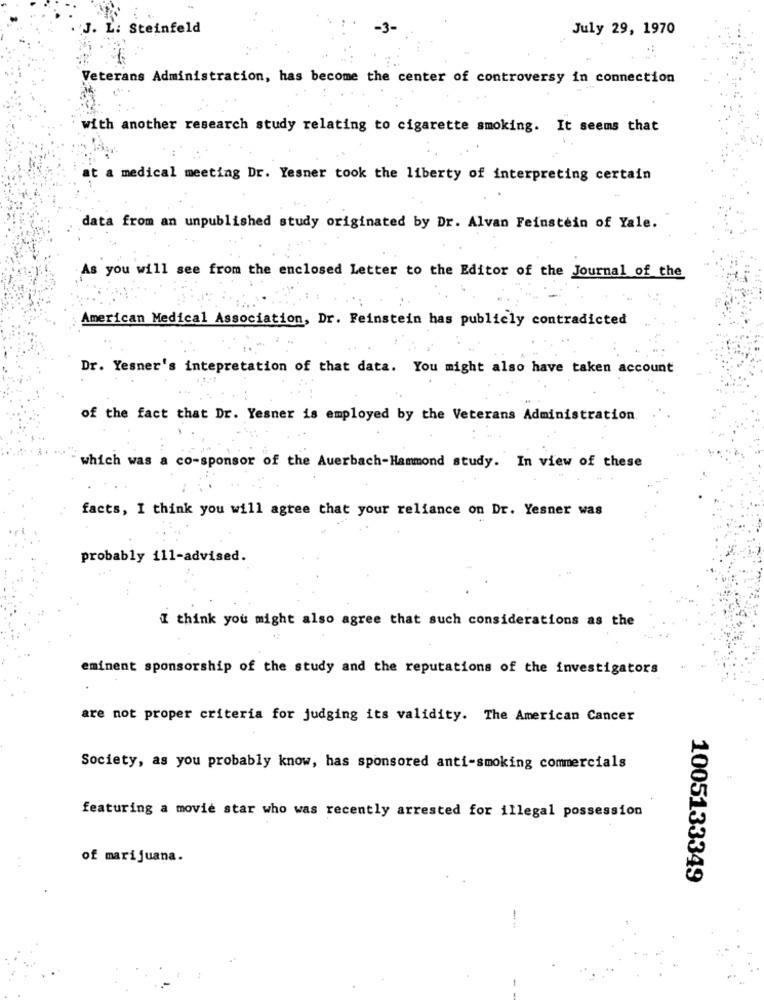
J. L: Steinfeld
July 29, 1970
Veterans Administration, has become the center of controversy in connection
with another research study relating to cigarette smoking. It seems that
at a medical meeting Dr. Yesner took the liberty of interpreting certain
data from an unpublished study originated by Dr. Alvan Feinstein of Yale.
As you will see from the enclosed Letter to the Editor of the Journal of the
American Medical Association, Dr. Feinstein has publicly contradicted
Dr. Yesner's intepretation of that data. You might also have taken account
of the fact that Dr. Yesner is employed by the Veterans Administration
which was a co-sponsor of the Auerbach-Hammond study. In view of these
facts, I think you will agree that your reliance on Dr. Yesner was
probably 111-advised.
I think you might also agree that such considerations as the
eminent sponsorship of the study and the reputations of the investigators
are not proper criteria for judging its validity. The American Cancer
Society, as you probably know, has sponsored anti-smoking commercials
featuring a movie star who was recently arrested for illegal possession
of marijuana.
1005133349
-